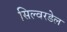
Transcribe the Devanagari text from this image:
सिल्वरडेल